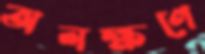
অলক্ষণে